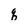
Character: q